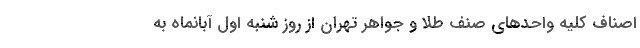
اصناف کلیه واحدهای صنف طلا و جواهر تهران از روز شنبه اول آبانماه به